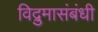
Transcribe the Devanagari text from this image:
विद्रुमासंबंधी